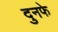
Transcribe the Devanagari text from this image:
दुनफे